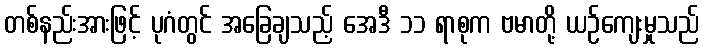
တစ်နည်းအားဖြင့် ပုဂံတွင် အခြေချသည့် အေဒီ ၁၁ ရာစုက ဗမာတို့ ယဉ်ကျေးမှုသည်